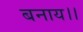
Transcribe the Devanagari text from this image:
बनाय।।